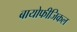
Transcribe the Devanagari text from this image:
बायोफीजिकल